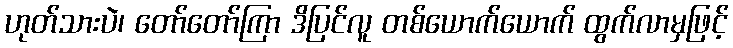
ဟုတ်သားပဲ၊ တော်တော်ကြာ ဒိပြင်လူ တစ်ယောက်ယောက် ထွက်လာမှဖြင့်